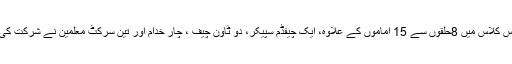
اس کلاس میں 8حلقوں سے 15 اماموں کے علاوہ، ایک چیفڈم سپیکر، دو ٹاؤن چیف ، چار خدام اور تین سرکٹ معلمین نے شرکت کی۔